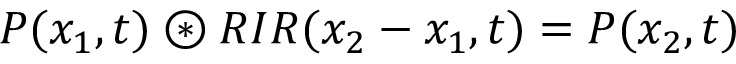
P ( x _ { 1 } , t ) \circledast R I R ( x _ { 2 } - x _ { 1 } , t ) = P ( x _ { 2 } , t )